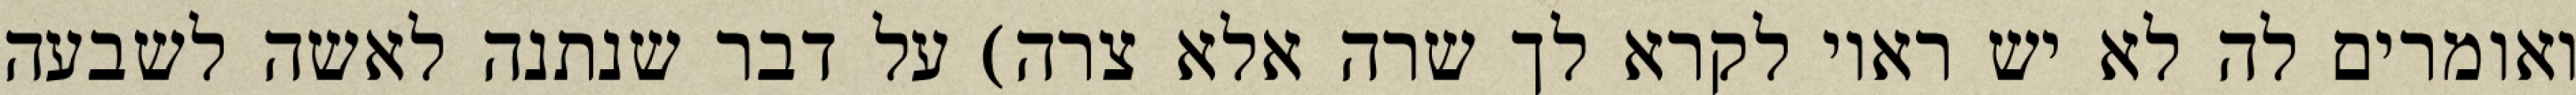
ואומרים לה לא יש ראוי לקרא לך שרה אלא צרה) על דבר שנתנה לאשה לשבעה